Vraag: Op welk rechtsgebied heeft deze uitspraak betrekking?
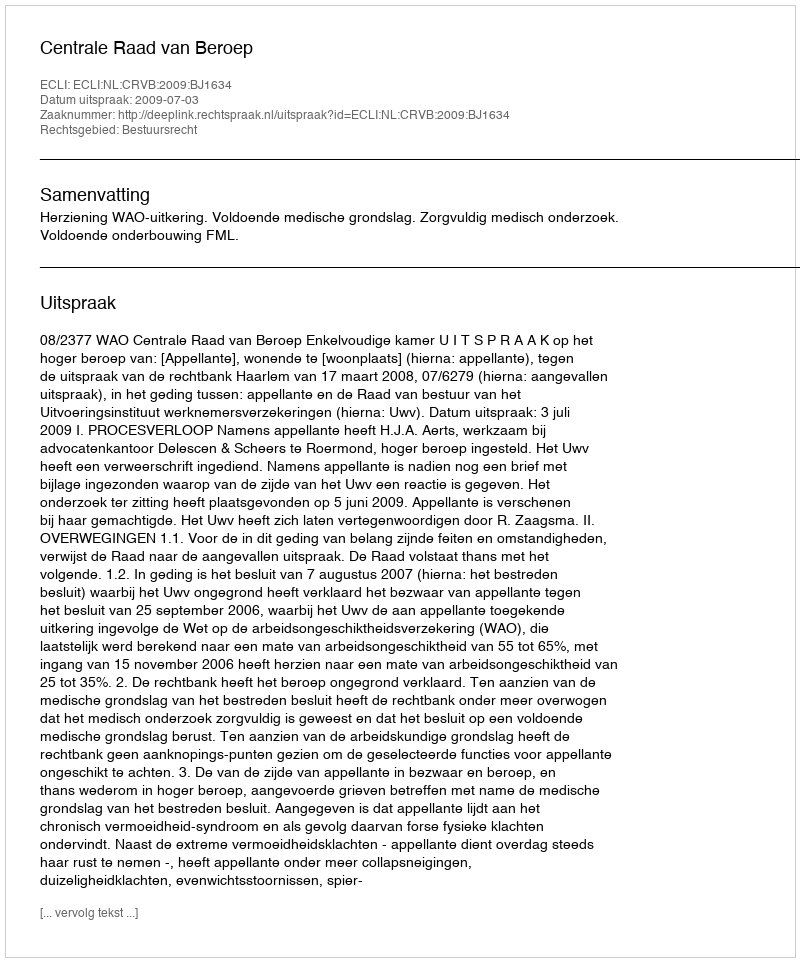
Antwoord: Bestuursrecht